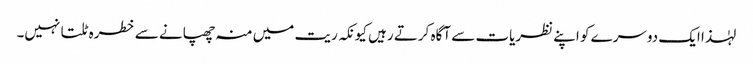
لہٰذا ایک دوسرے کو اپنے نظریات سے آگاہ کرتے رہیں کیونکہ ریت میں منہ چھپانے سے خطرہ ٹلتا نہیں۔